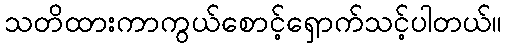
သတိထားကာကွယ်စောင့်ရှောက်သင့်ပါတယ်။